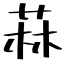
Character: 菻